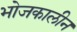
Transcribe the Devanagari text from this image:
भोजकालीन